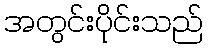
အတွင်းပိုင်းသည်